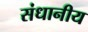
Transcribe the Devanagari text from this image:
संधानीय